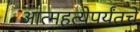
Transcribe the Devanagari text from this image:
आत्महत्येपर्यंतचे